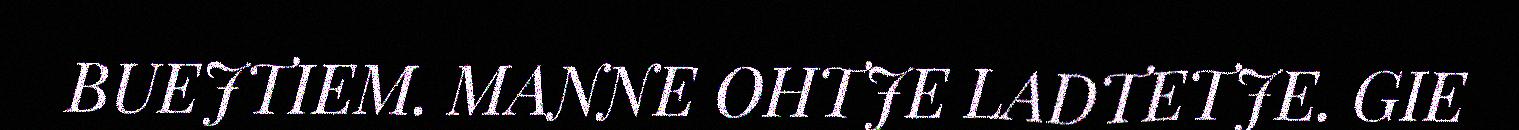
BUEJTIEM. MANNE OHTJE LADTETJE. GIE